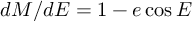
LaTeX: d M / d E = 1 - e \cos E